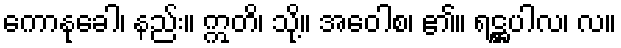
ကောနုခေါ၊ နည်း။ ဣတိ၊ သို့။ အဝေါစ၊ ၏။ ရဋ္ဌပါလ၊ လ။